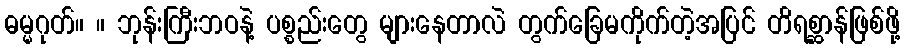
ဓမ္မဂုတ်။ ။ ဘုန်းကြီးဘဝနဲ့ ပစ္စည်းတွေ များနေတာလဲ တွက်ခြေမကိုက်တဲ့အပြင် တိရစ္ဆာန်ဖြစ်ဖို့